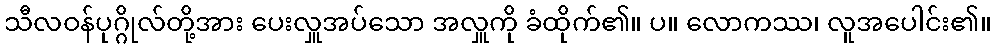
သီလဝန်ပုဂ္ဂိုလ်တို့အား ပေးလှူအပ်သော အလှူကို ခံထိုက်၏။ ပ။ လောကဿ၊ လူအပေါင်း၏။